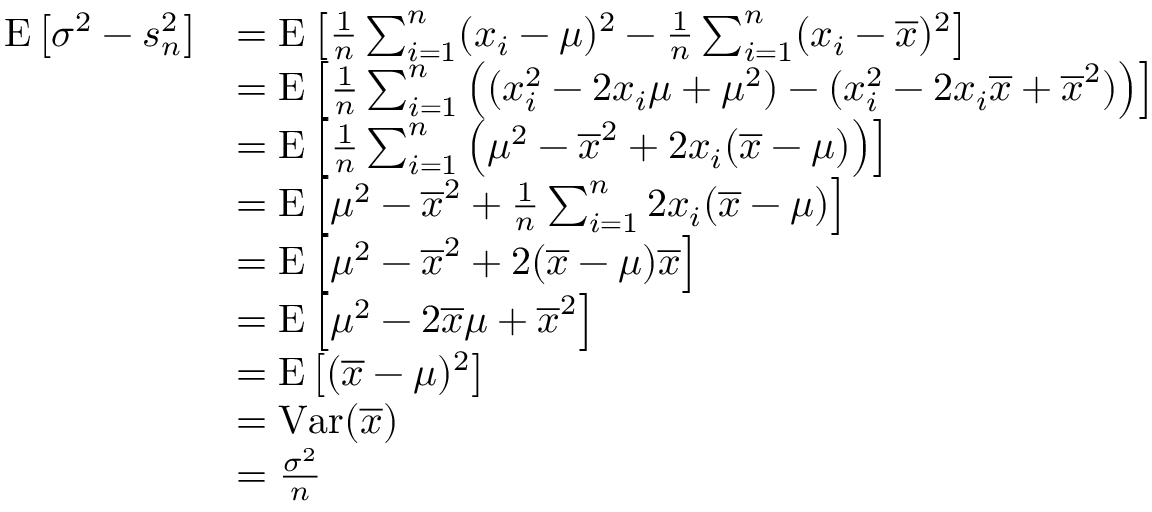
{ \begin{array} { r l } { \operatorname { E } \left[ \sigma ^ { 2 } - s _ { n } ^ { 2 } \right] } & { = \operatorname { E } \left[ { \frac { 1 } { n } } \sum _ { i = 1 } ^ { n } ( x _ { i } - \mu ) ^ { 2 } - { \frac { 1 } { n } } \sum _ { i = 1 } ^ { n } ( x _ { i } - { \overline { { x } } } ) ^ { 2 } \right] } \\ & { = \operatorname { E } \left[ { \frac { 1 } { n } } \sum _ { i = 1 } ^ { n } \left( ( x _ { i } ^ { 2 } - 2 x _ { i } \mu + \mu ^ { 2 } ) - ( x _ { i } ^ { 2 } - 2 x _ { i } { \overline { { x } } } + { \overline { { x } } } ^ { 2 } ) \right) \right] } \\ & { = \operatorname { E } \left[ { \frac { 1 } { n } } \sum _ { i = 1 } ^ { n } \left( \mu ^ { 2 } - { \overline { { x } } } ^ { 2 } + 2 x _ { i } ( { \overline { { x } } } - \mu ) \right) \right] } \\ & { = \operatorname { E } \left[ \mu ^ { 2 } - { \overline { { x } } } ^ { 2 } + { \frac { 1 } { n } } \sum _ { i = 1 } ^ { n } 2 x _ { i } ( { \overline { { x } } } - \mu ) \right] } \\ & { = \operatorname { E } \left[ \mu ^ { 2 } - { \overline { { x } } } ^ { 2 } + 2 ( { \overline { { x } } } - \mu ) { \overline { { x } } } \right] } \\ & { = \operatorname { E } \left[ \mu ^ { 2 } - 2 { \overline { { x } } } \mu + { \overline { { x } } } ^ { 2 } \right] } \\ & { = \operatorname { E } \left[ ( { \overline { { x } } } - \mu ) ^ { 2 } \right] } \\ & { = \operatorname { V a r } ( { \overline { { x } } } ) } \\ & { = { \frac { \sigma ^ { 2 } } { n } } } \end{array} }